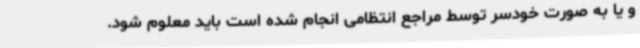
و یا به صورت خودسر توسط مراجع انتظامی انجام شده است باید معلوم شود.